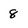
Character: 8